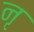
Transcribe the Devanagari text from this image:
नृ